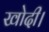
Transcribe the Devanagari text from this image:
खोदी।